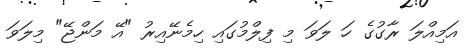
އަމިއްލަ ރާގުގެ ހަ ލަވަ މި ފިލްމުގައި ހިމެނޭއިރު "އޭ މަންޖޭ" މިލަވަ